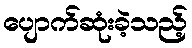
ပျောက်ဆုံးခဲ့သည့်